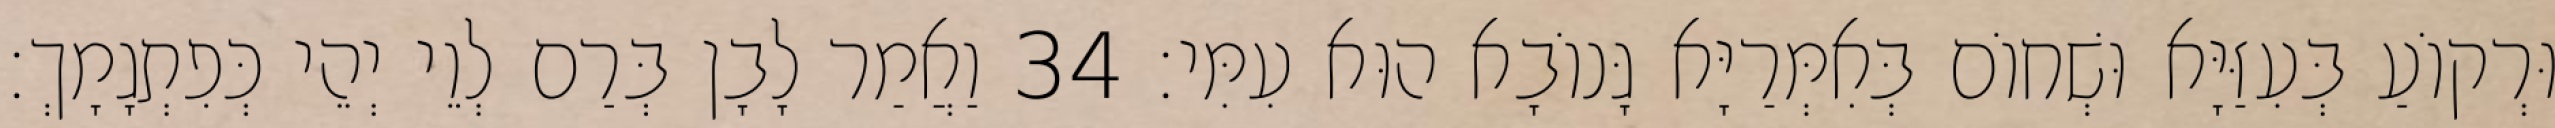
וּרְקוֹעַ בְּעִזַּיָּא וּשְׁחוֹם בְּאִמְּרַיָּא גָּנוֹבָא הוּא עִמִּי׃ 34 וַאֲמַר לָבָן בְּרַם לְוֵי יְהֵי כְּפִתְגָמָךְ׃